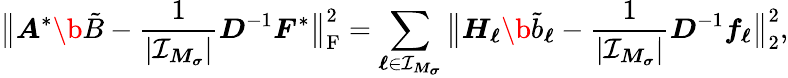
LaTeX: \big\| \boldsymbol A^{*}\b{\tilde{B}}-\frac{1}{|\mathcal I_{\boldsymbol M_{\boldsymbol\sigma}}|}\boldsymbol D^{-1}\boldsymbol F^{*}\big\| _{\mathrm F}^{2}=\sum_{\boldsymbol\ell\in\mathcal I_{\boldsymbol M_{\boldsymbol\sigma}}}\big\| \boldsymbol H_{\boldsymbol\ell}\b{\tilde{b}}_{\boldsymbol\ell}-\frac{1}{|\mathcal I_{\boldsymbol M_{\boldsymbol\sigma}}|}\boldsymbol D^{-1}\boldsymbol f_{\boldsymbol\ell}\big\| _{2}^{2},